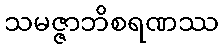
သမဇ္ဇာဘိစရဏဿ